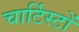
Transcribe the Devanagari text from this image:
चार्टिस्टों